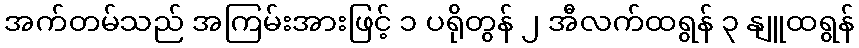
အက်တမ်သည် အကြမ်းအားဖြင့် ၁ ပရိုတွန် ၂ အီလက်ထရွန် ၃ နျူထရွန်